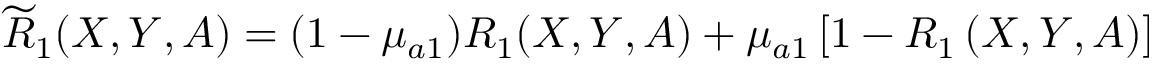
\widetilde { R } _ { 1 } ( X , Y , A ) = ( 1 - \mu _ { a 1 } ) R _ { 1 } ( X , Y , A ) + \mu _ { a 1 } \left[ 1 - R _ { 1 } \left( X , Y , A \right) \right]